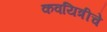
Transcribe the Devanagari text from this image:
कवयित्रीचे